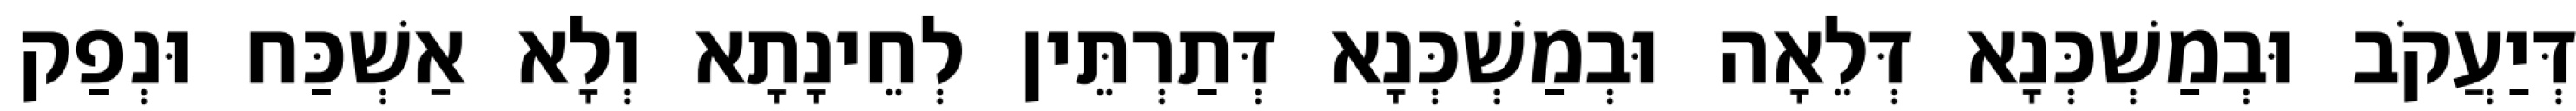
דְּיַעֲקֹב וּבְמַשְׁכְּנָא דְּלֵאָה וּבְמַשְׁכְּנָא דְּתַרְתֵּין לְחֵינָתָא וְלָא אַשְׁכַּח וּנְפַק